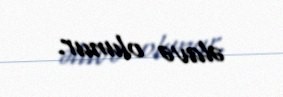
əlavə olunur.